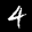
Label: 4